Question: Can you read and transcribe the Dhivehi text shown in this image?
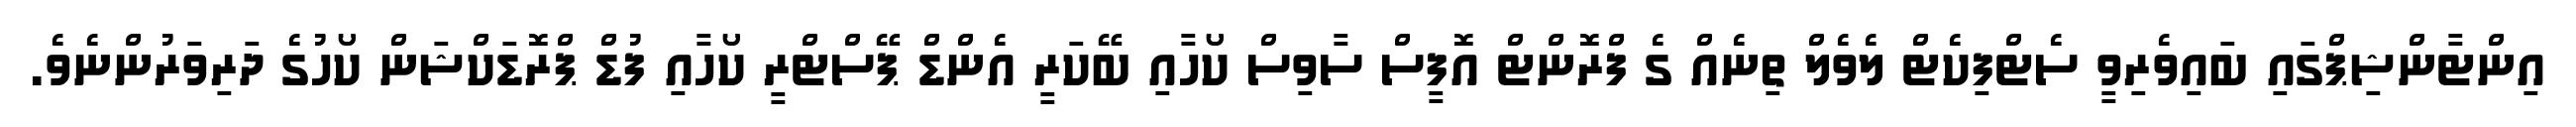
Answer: އިންޓާންޝިޕްގައި ބައިވެރިވީ ސެޓްފިކެޓް ލެވެލް ތިނެއް ގެ ފްރޮންޓް އޮފީސް ސާވިސް ކޯހާއި ބޭކަރީ އެންޑް ޕޭސްޓްރީ ކޯހާއި ފުޑް ޕްރޮޑަކްޝަން ކޯހުގެ ދަރިވަރުންނެވެ.